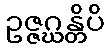
ဥဇ္ဇဂ္ဃန္တိပိ